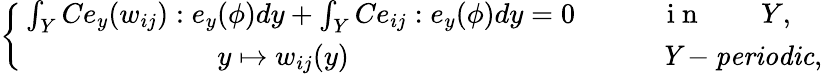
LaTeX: \left\{ \, \begin{array}{rl}{\int_{Y}Ce_{y}(w_{ij}):e_{y}(\phi)d{y}+\int_{Y}Ce_{ij}:e_{y}(\phi)d{y}=0\qquad}&{{}\mathrm{~i~n~}\qquad Y,}\\ {y\mapsto w_{ij}({y})\qquad\qquad\qquad\qquad\qquad}&{{}\mathit{Y-periodic},}\end{array}\right.